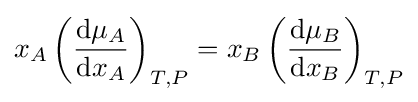
x_{A}\left({\frac {\mathrm {d} \mu _{A}}{\mathrm {d} x_{A}}}\right)_{T,P}=x_{B}\left({\frac {\mathrm {d} \mu _{B}}{\mathrm {d} x_{B}}}\right)_{T,P}